Vaccination returns of the Province of Eastern Bengal and Assam - 1905-1912
Year: 1905
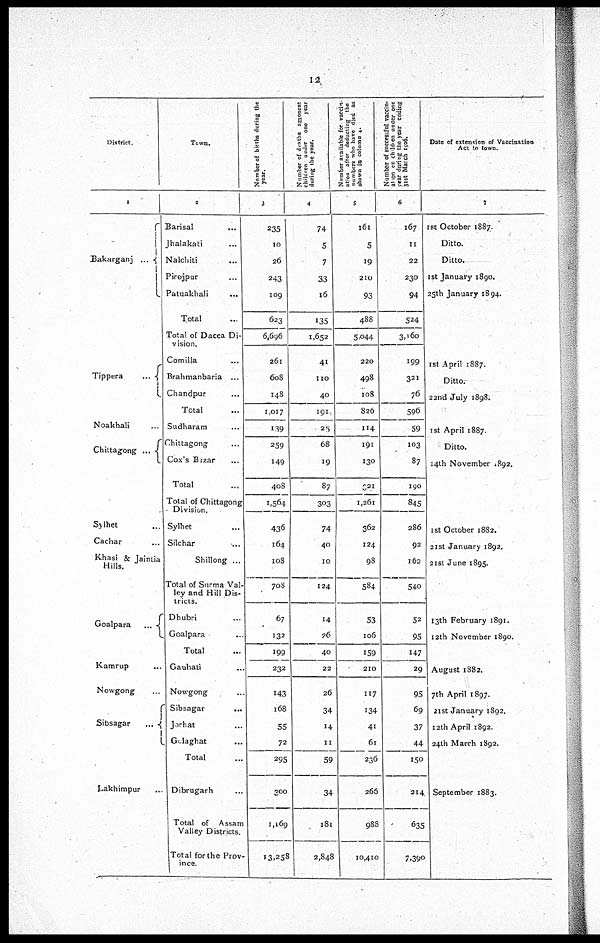
12
District.
1
Bakarganj ...
Tippera
...
Noakhali ...
Chittagong ...
Sylhet ...
Cachar ...
Khasi & Jaintia
Hills.
Goalpara
...
Kamrup ...
Nowgong ...
Sibsagar
...
Lakhimpur
...
Town.
2
Barisal ...
Jhalakati ...
Nalchiti ...
Pirojpur ...
Patuakhali ...
Total ...
Total of Dacca Di-
vision.
Comilla ...
Brahmanbaria ...
Chandpur ...
Total
Sudharam ...
Chittagong ...
Cox's Bazar ...
Total ...
Total of Chittagong
Division.
Sylhet ...
Silchar ...
Shillong ...
Total of Surma Val-
ley and Hill Dis-
tricts.
Dhubri ...
Goalpara ...
Total
...
Gauhati ...
Nowgong ...
Sibsagar
...
Jorhat ...
Golaghat ...
Total
Dibrugarh ...
Total of Assam
Valley Districts.
Total for the Prov-
ince.
Number of births during the
year.
3
235
10
26
243
109
623
6,696
261
608
148
1,017
139
259
149
408
1,564
436
164
108
708
67
132
199
232
143
168
55
72
295
300
1,169
13,258
Number of deaths amongst
children under one year
during the year.
4
74
5
7
33
16
135
1,652
41
110
40
191
25
68
19
87
303
74
40
10
124
14
26
40
22
26
34
14
11
59
34
181
2,848
Number available for vaccin-
ation after deducting the
numbers who have died as
shown in column 4.
5
161
5
19
210
93
488
5,044
220
498
108
826
114
191
130
321
1,261
362
124
98
584
53
106
159
210
117
134
41
61
236
266
988
10,410
Number of successful vaccin-
ation on children under one
year during the year ending
31st March 1906.
6
167
11
22
230
94
524
3,160
199
321
76
596
59
103
87
190
845
286
92
162
540
52
95
147
29
95
69
37
44
150
214
635
7,390
Date of extension of Vaccination
Act to town.
7
1st October 1887.
Ditto.
Ditto.
1st January 1890.
25th January 1894.
1st April 1887.
Ditto.
22nd July 1898.
1st April 1887.
Ditto.
14th November 1892.
1 st October 1882.
21st January 1892.
21st June 1895.
13th February 1891.
12th November 1890.
August 1882.
7th April 1897.
21st January 1892.
12th April 1892.
24th March 1892.
September 1883.